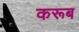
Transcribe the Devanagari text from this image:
करूब